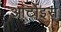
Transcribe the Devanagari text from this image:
आर्टोइस